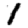
Digit: 1